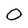
Character: O